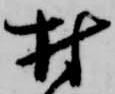
村